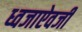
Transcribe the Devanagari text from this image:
ध्वजाऐवजी